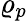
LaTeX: \varrho_{p}